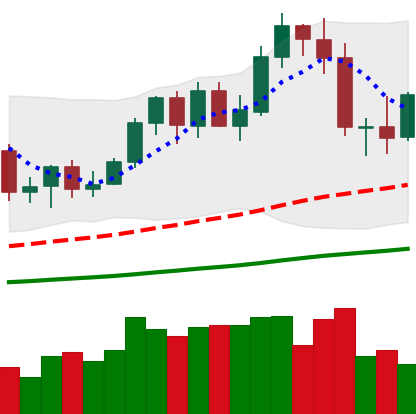
Ticker: NEO-USD
Chart end date: 2020-09-24
Forward return: -9.473%
Label: down_7plus